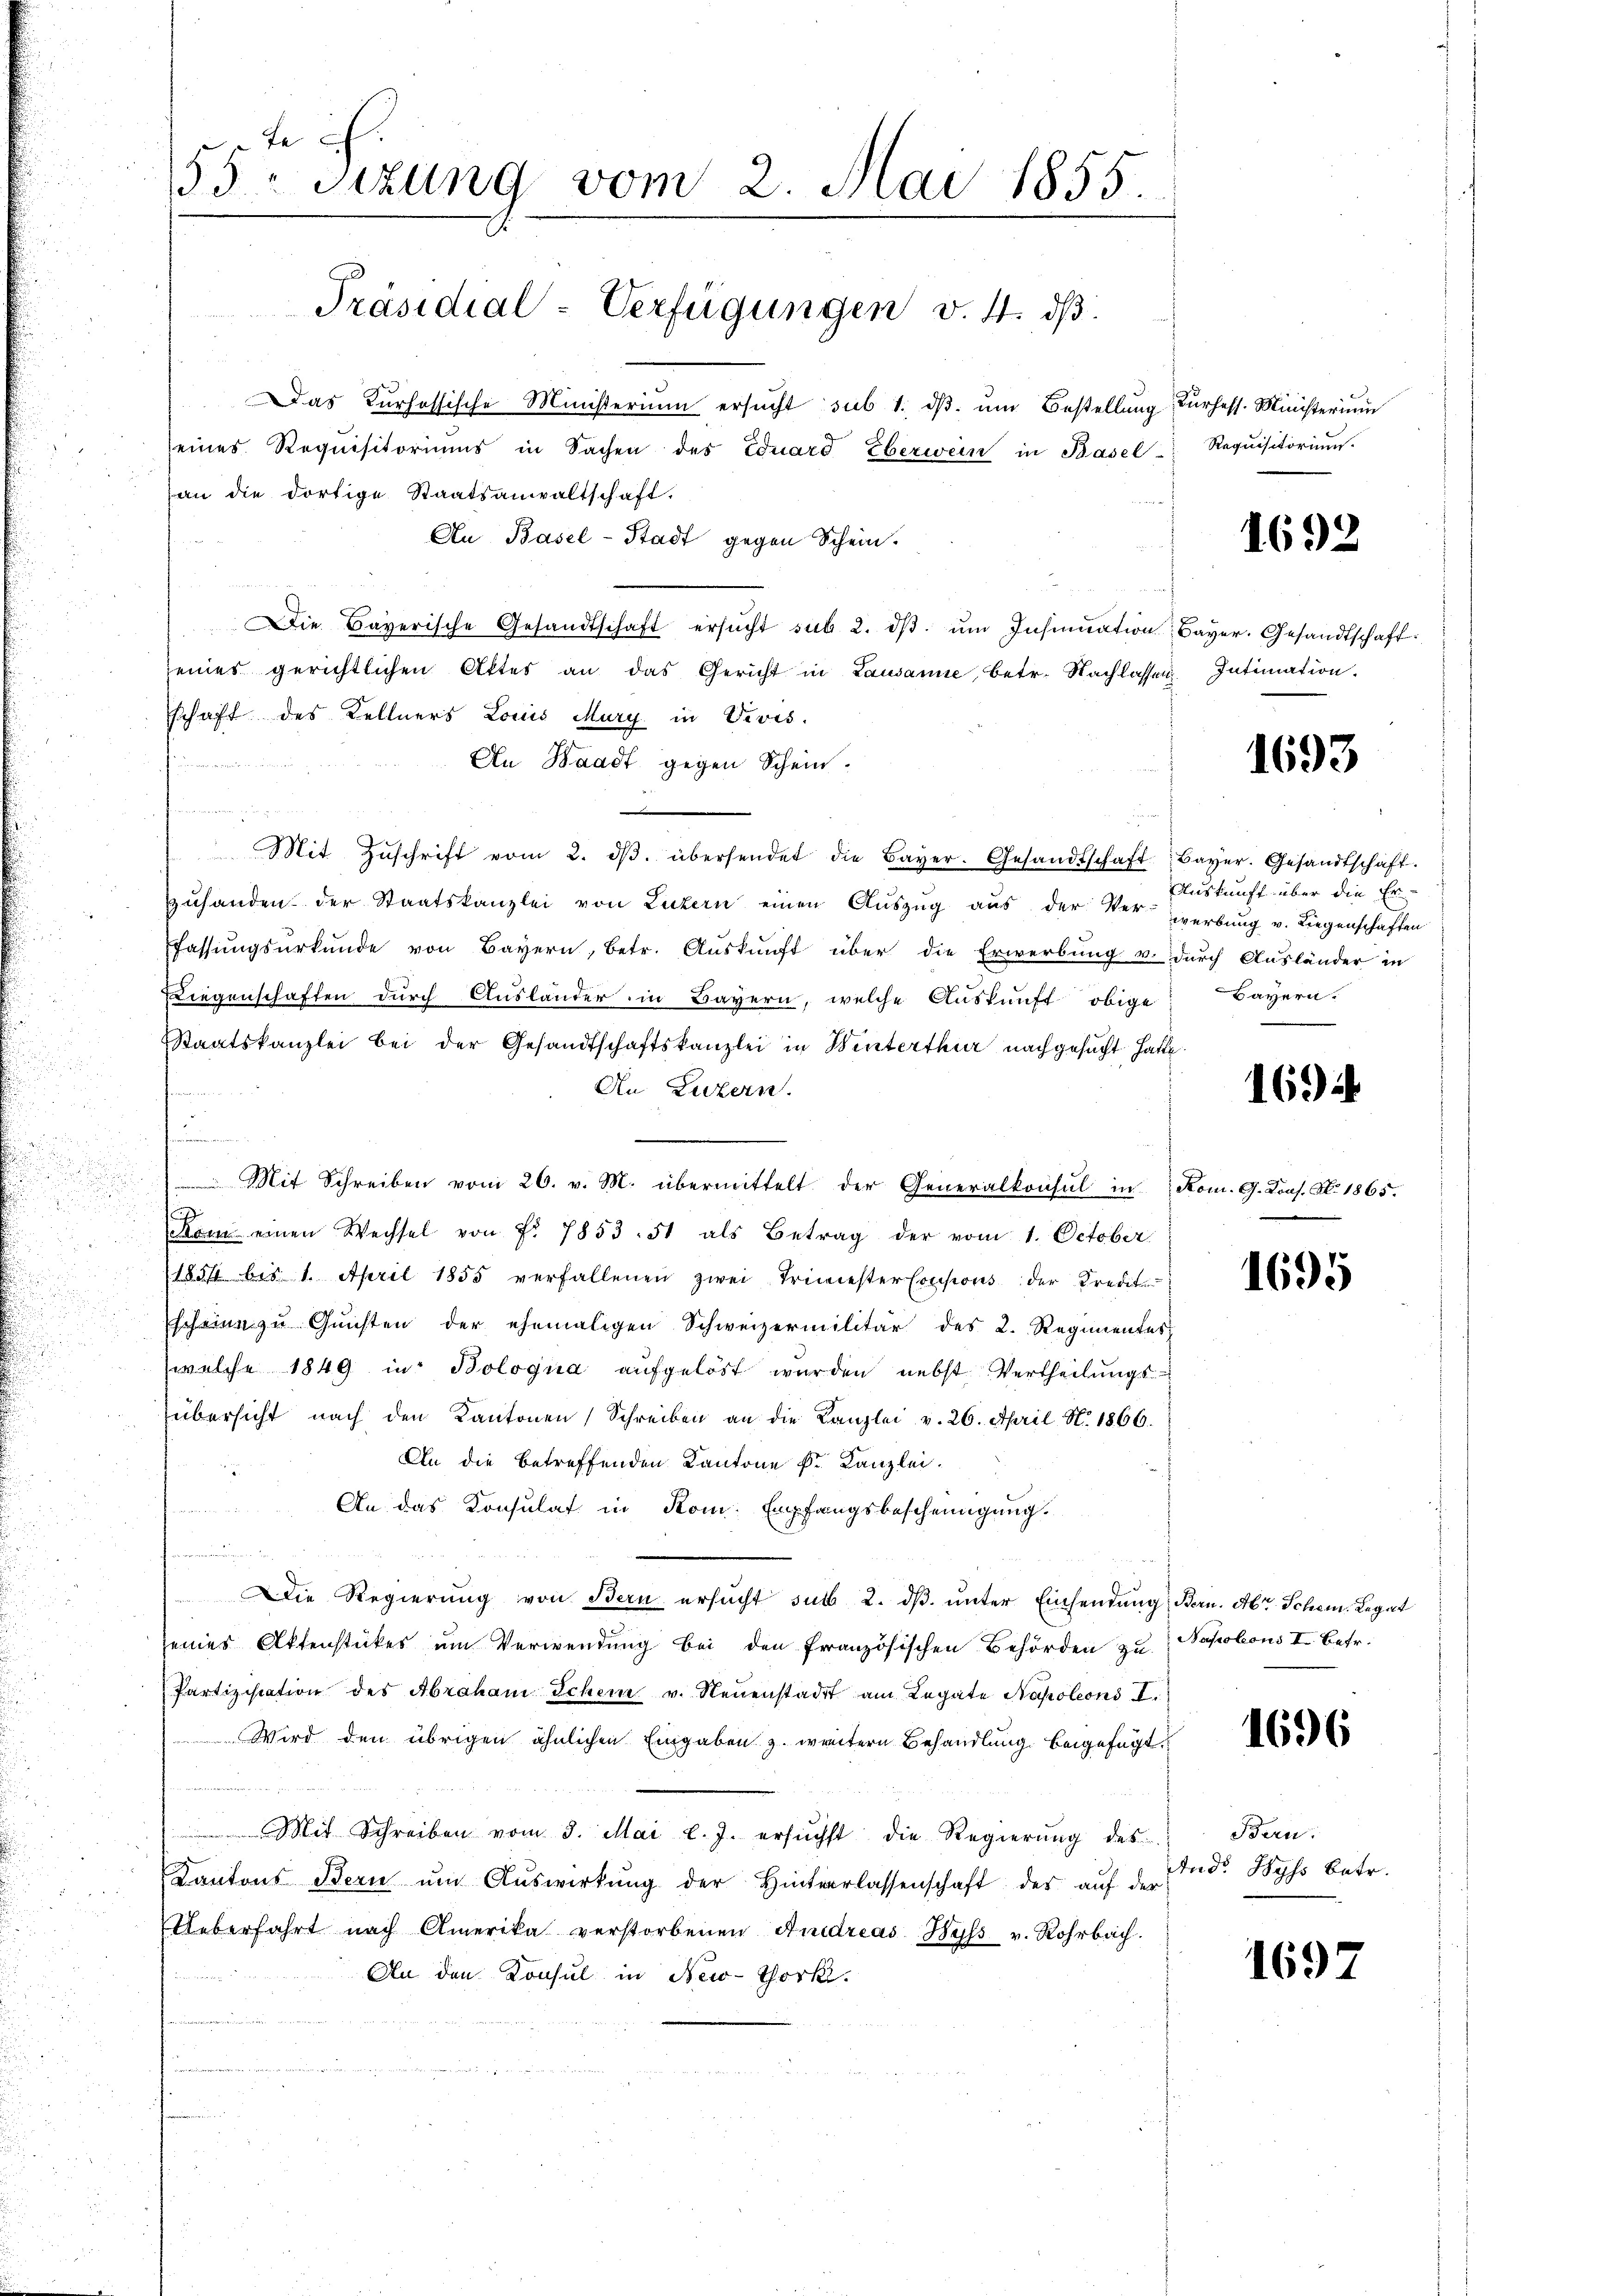
ta
55 sizung vom 2. Mai 1855.

Präsidial-Verfügungen v. 4. dβ.

Das Kurhessische Ministerium ersŭcht sub 1. dβ. ŭm Bestellŭng durhess. Ministerium
seines Requisitoriums in Sachen des Eduard Eberwein in Basel-
an die dortige Staatsanwaltschaft.
t
An Basel-Stadt gegen Schein.
Die Baverische Gesandtschaft ersŭcht sub. 2. dβ ŭm Insinuation Bayer. Gesandtschaft
eines gerichtlichen Attes an das Gericht in Lausanne, betr. Nachlassen
schaft des Kellners Louis Marg in Vevis

An Waadt gegen Schein.
a    die
Mit Zŭschrift vom 2. dβ. übersendet die Bayer. Gesandtschaft Bayer. Gesandtschaft.
zŭhanden der Staatskanzlei von Luzern einen Aŭszŭg aŭs der Verwerbŭng v. Liegenschaften
Fassungsurkunde von Bayern, betr. Auskunft über die Erwerbung v. durch Ausländer in
Liegenschaften durch Ausländer, in Bayern, welche Auskunft obige
Staatskanzlei bei der Gesandtschaftskanzlei in Winterthur nachgesucht hatte
An Luzern.
n
Mit Schreiben vom 26. v. M. übermittelt der Generalkonsul in Rom. G. Kons. N. 1865.
Kam einen Wechsel von Fr. 7853. 51 als Betrag der vom 1. October
(1857 bis 1. April 1855 verfallenen zwei Trincester Consions der Kredit
Escheine zu Gunsten der ehemaligen Schweizermilitär des 2. Regimentes
welche 1849 in Bologna aufgelöst wurden nebst Vertheilungs-
übersicht nach den Kantonen Schreiben an die Kanzlei v. 26. April N. 1866.
An die betreffenden Kantone kr. Kanzlei.
An das Konsulat in Kom: Empfangsbescheinigung.
u

Die Regierŭng von Bern ersŭcht sub. 2. dβ ŭnter Einsendung, Bern. Abt. Schem Legat
seines Aktenstückes um Verwendung bei den französischen Behörden zu Napoleons II. Betr.
Partiziscation des Abraham Schem v. Neuenstadt am Legate Napoleons I.
Wird den übrigen ähnlichen Eingaben z. weitern Behandlung beigefügt.
Mit Schreiben vom 3. Mai l. J. ersŭcht die Regierŭng des
Kantons Bern ŭm Aŭswirkŭng der Hinterlassenschaft des aŭf der
Ueberfahrt nach Amerika verstorbenen Andreas Hyss v. Rohrbach.
An den Konsul in New-York.

Requisitorium.

1692

Intimation.

1693

Auskunft über die Er¬
Bayern.

1694

1695

1696

Bern:
And. Wyss betr.

1697